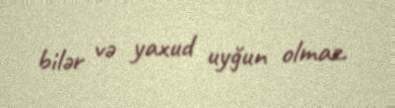
bilər və yaxud uyğun olmaz.